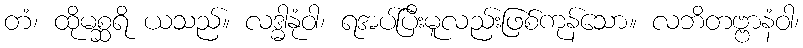
တံ၊ ထိုမစ္ဆရိ ယသည်။ လဒ္ဓါနုံဝါ၊ ရအပ်ပြီးမူလည်းဖြစ်ကုန်သော။ လဘိတဗ္ဗာနံဝါ၊